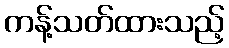
ကန့်သတ်ထားသည့်